Leprosy in India: report of the Leprosy Commission in India, 1890-91
Year: 1890
Disease focus: Leprosy
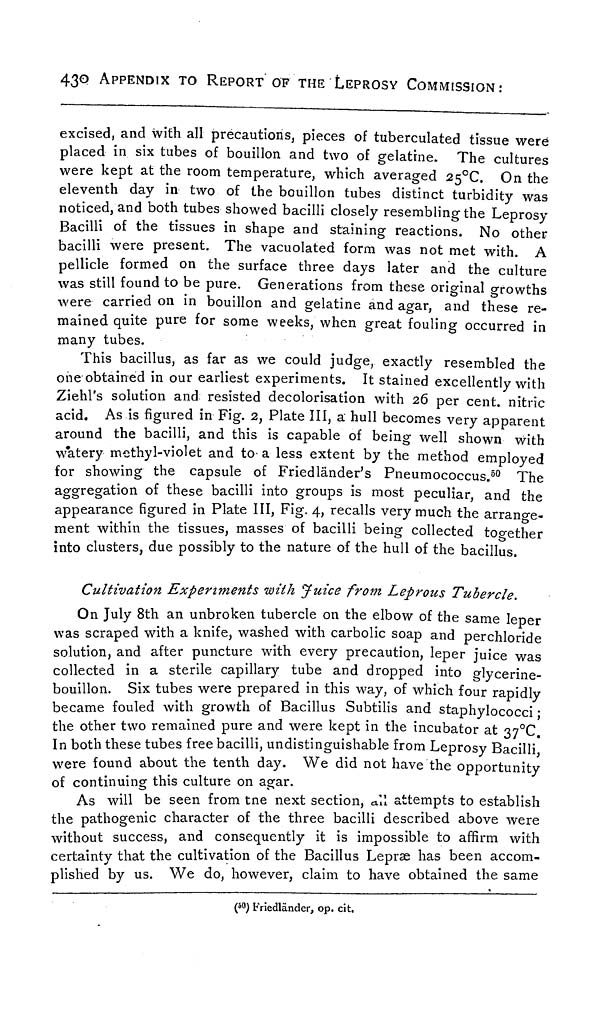
430
APPENDIX TO REPORT OF THE LEPROSY COMMISSION:
excised, and with all precautions, pieces of tuberculated tissue were
placed in six tubes of bouillon and two of gelatine. The cultures
were kept at the room temperature, which averaged 25°C. On the
eleventh day in two of the bouillon tubes distinct turbidity was
noticed, and both tubes showed bacilli closely resembling the Leprosy
Bacilli of the tissues in shape and staining reactions. No other
bacilli were present. The vacuolated form was not met with. A
pellicle formed on the surface three days later and the culture
was still found to be pure. Generations from these original growths
were carried on in bouillon and gelatine and agar, and these re-
mained quite pure for some weeks, when great fouling occurred in
many tubes.
This bacillus, as far as we could judge, exactly resembled the
one obtained in our earliest experiments. It stained excellently with
Ziehl's solution and resisted decolorisation with 26 per cent. nitric
acid. As is figured in Fig. 2, Plate III, a hull becomes very apparent
around the bacilli, and this is capable of being well shown with
watery methyl-violet and to a less extent by the method employed
for showing the capsule of Friedländer's Pneumococcus. 50 The
aggregation of these bacilli into groups is most peculiar, and the
appearance figured in Plate III, Fig. 4, recalls very much the arrange-
ment within the tissues, masses of bacilli being collected together
into clusters, due possibly to the nature of the hull of the bacillus.
Cultivation Experiments with Juice from Leprous Tubercle.
On July 8th an unbroken tubercle on the elbow of the same leper
was scraped with a knife, washed with carbolic soap and perchloride
solution, and after puncture with every precaution, leper juice was
collected in a sterile capillary tube and dropped into glycerine-
bouillon. Six tubes were prepared in this way, of which four rapidly
became fouled with growth of Bacillus Subtilis and staphylococci ;
the other two remained pure and were kept in the incubator at 37°C.
In both these tubes free bacilli, undistinguishable from Leprosy Bacilli,
were found about the tenth day. We did not have the opportunity
of continuing this culture on agar.
As will be seen from the next section, all attempts to establish
the pathogenic character of the three bacilli described above were
without success, and consequently it is impossible to affirm with
certainty that the cultivation of the Bacillus Lepræ has been accom-
plished by us. We do, however, claim to have obtained the same
( 50 ) Friedländer, op. cit.